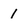
Character: 1